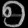
Digit: ၅